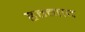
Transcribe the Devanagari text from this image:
हम्माद